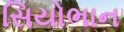
સિયોભાન